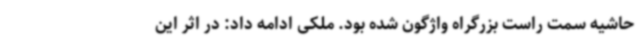
حاشیه سمت راست بزرگراه واژگون شده بود. ملکی ادامه داد: در اثر این